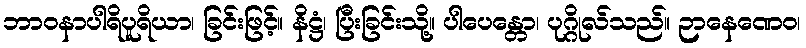
ဘာဝနာပါရိပူရိယာ၊ ခြင်းဖြင့်။ နိဋ္ဌံ၊ ပြီးခြင်းသို့။ ပါပေန္တော၊ ပုဂ္ဂိုလ်သည်။ ဉာနေဏေဝ၊